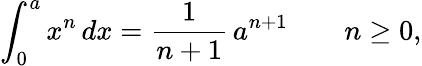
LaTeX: \int_{0}^{a}x^{n}\, dx={\frac{1}{n+1}}\, a^{n+1}\qquad n\geq 0,